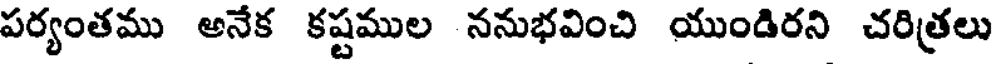
పర్యంతము అనేక కష్టముల ననుభవించి యుండిరని చరిత్రలు